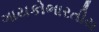
ગાયકોભારતીય